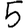
Digit: 5